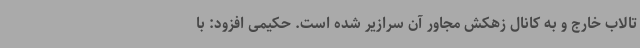
تالاب خارج و به کانال زهکش مجاور آن سرازیر شده است. حکیمی افزود: با